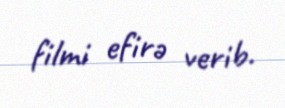
filmi efirə verib.